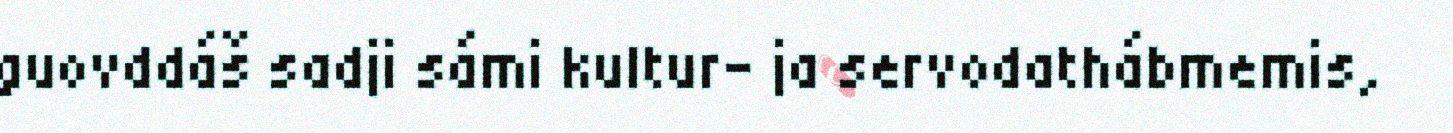
guovddáš sadji sámi kultur- ja servodathábmemis,